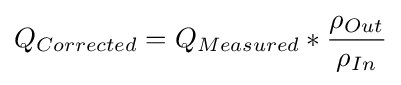
Q_{Corrected}=Q_{Measured}*{\rho _{Out} \over \rho _{In}}\,\!